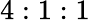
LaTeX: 4:1:1